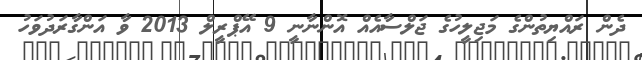
ދެން ރައްޔިތުންގެ މަޖިލީހުގެ ޖަލްސާއެއް އޮންނާނީ 9 އޭޕްރީލް 2013 ވާ އަންގާރަދުވަހު